Lunatic asylums Punjab 1868-1880 - 1868-1880
Year: 1868
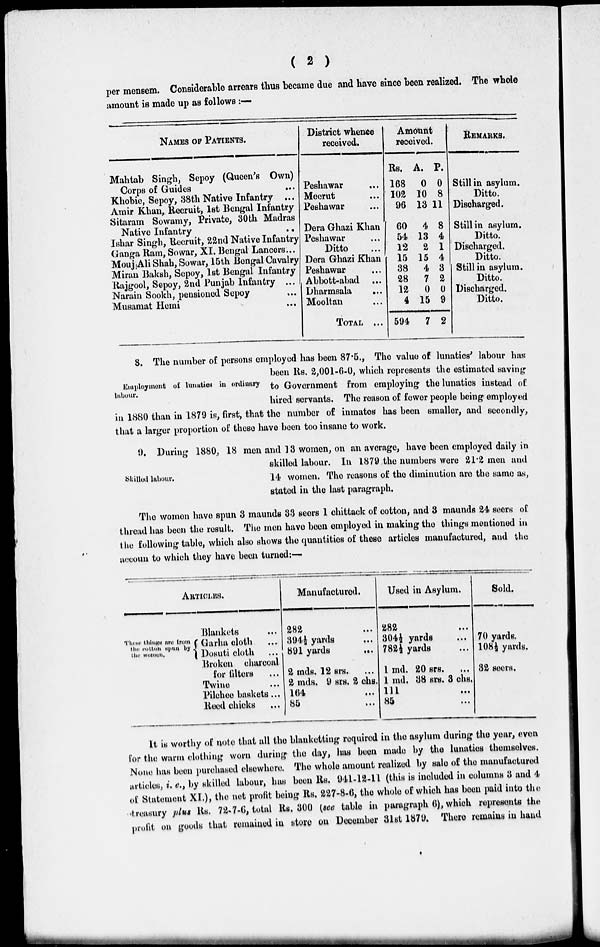
( 2 )
per mensem. Considerable arrears thus became due and have since been realized. The whole
amount is made up as follows:—
NAMES OF PATIENTS.
Mahtab Singh, Sepoy (Queen's Own)
Corps of Guides
...
Khobie, Sepoy, 38th Native Infantry ...
Amir Khan, Recruit, 1st Bengal Infantry
Sitaram Sowamy, Private, 30th Madras
Native Infantry
..
Ishar Singh, Recruit, 22nd Native Infantry
Ganga Ram, Sowar, XI. Bengal Lancers ...
Mouj Ali Shah, Sowar, 15th Bengal Cavalry
Miran Baksh, Sepoy, 1st Bengal Infantry
Rajgool, Sepoy, 2nd Punjab Infantry ...
Narain Sookh, pensioned Sepoy ...
Musamat Hemi
...
District whence
received.
Peshawar ...
Meerut ...
Peshawar ...
Dera Ghazi Khan
Peshawar
...
Ditto ...
Dera Ghazi Khan
Peshawar ...
Abbott-abad ...
Dharmsala
...
Mooltan ...
TOTAL ...
Amount
received.
Rs.
168
102
96
60
54
12
15
38
28
12
4
594
A.
0
10
13
4
13
2
15
4
7
0
15
7
P.
0
8
11
8
4
1
4
3
2
0
9
2
REMARKS.
Still in asylum.
Ditto.
Discharged.
Still in asylum.
Ditto.
Discharged.
Ditto.
Still in asylum.
Ditto.
Discharged.
Ditto.
Employment of lunatics in ordinary
labour.
8. The number of persons employed has been 87.5., The value of lunatics' labour has
been Rs. 2,001-6-0, which represents the estimated saving
to Government from employing the lunatics instead of
hired servants. The reason of fewer people being employed
in 1880 than in 1879 is, first, that the number of inmates has been smaller, and secondly,
that a larger proportion of these have been too insane to work.
Skilled labour.
9. During 1880, 18 men and 13 women, on an average, have been employed daily in
skilled labour. In 1879 the numbers were 21.2 men and
14 women. The reasons of the diminution are the same as,
stated in the last paragraph.
The women have spun 3 maunds 33 seers 1 chittack of cotton, and 8 maunds 24 seers of
thread has been the result. The men have been employed in making the things mentioned in
the following table, which also shows the quantities of these articles manufactured, and the
accoun to which they have been turned:—
ARTICLES.
These things are from
the cotton spun by
the women.
Blankets ...
Garha cloth
...
Dosuti cloth ...
Broken charcoal
for filters ...
Twine ...
Pilchee baskets ...
Reed chicks ...
Manufactured.
282 ...
394½ yards ...
891 yards
...
2 mds. 12 srs. ...
2 mds. 9 srs. 2 chs.
164 ...
85
...
Used in Asylum.
282
...
304½ yards ...
782½ yards ...
1 md. 20 srs.
...
1 md. 38 srs. 3 chs.
111 ...
85 ...
Sold.
70 yards.
108½ yards.
32 seers.
It is worthy of note that all the blanketting required in the asylum during the year, even
for the warm clothing worn during the day, has been made by the lunatics themselves.
None has boon purchased elsewhere. The whole amount realized by sale of the manufactured
articles, i. e., by skilled labour, has been Rs. 941-12-11 (this is included in columns 3 and 4
of Statement XI.), the net profit being Rs. 227-8-6, the whole of which has been paid into the
treasury plus Rs. 72-7-6, total Rs. 300 (see table in paragraph 6), which represents the
profit on goods that remained in store on December 31st 1879. There remains in hand